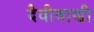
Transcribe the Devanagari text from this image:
दैवीवाणी